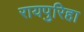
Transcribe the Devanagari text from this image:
रायपुरिहा